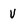
Character: v